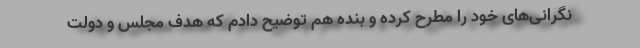
نگرانی‌های خود را مطرح کرده و بنده هم توضیح دادم که هدف مجلس و دولت